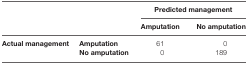
<table><thead><tr><td rowspan="2" colspan="2"></td><td colspan="2"><b>Predicted management</b></td></tr><tr><td><b>Amputation</b></td><td><b>No amputation</b></td></tr></thead><tbody><tr><td rowspan="2"><b>Actual management</b></td><td><b>Amputation</b></td><td>61</td><td>0</td></tr><tr><td><b>No amputation</b></td><td>0</td><td>189</td></tr></tbody></table>